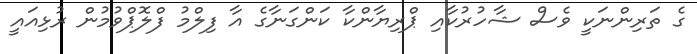
ގެ ތަރިންނަކީ ވެސް ޝާހުރުކާއި ޕްރިޔާންކާ ކަންގަނާގެ އާ ފިލްމު ފްލޮޕްވުމުން ރުޅިއައީ